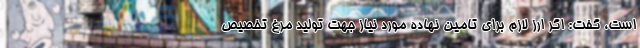
است، گفت: اگر ارز لازم برای تامین نهاده مورد نیاز جهت تولید مرغ تخصیص